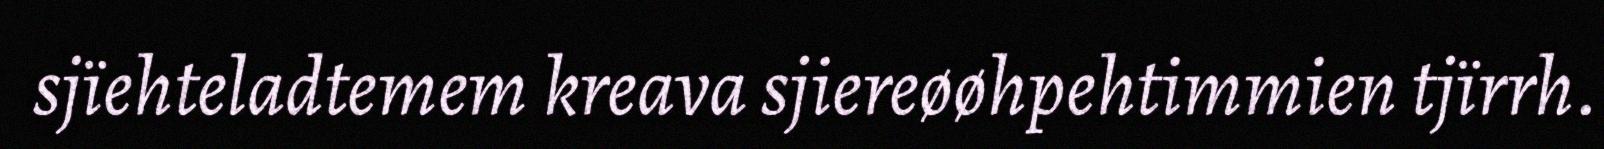
sjïehteladtemem kreava sjiereøøhpehtimmien tjïrrh.